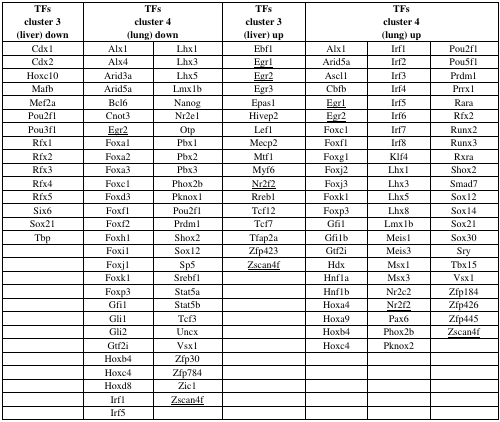
<table><thead><tr><td><b>TFs</b></td><td colspan="2"><b>TFs</b></td><td><b>TFs</b></td><td colspan="3"><b>TFs</b></td></tr><tr><td><b>cluster 3</b></td><td colspan="2"><b>cluster 4</b></td><td><b>cluster 3</b></td><td colspan="3"><b>cluster 4</b></td></tr><tr><td><b>(liver) down</b></td><td colspan="2"><b>(lung) down</b></td><td><b>(liver) up</b></td><td colspan="3"><b>(lung) up</b></td></tr></thead><tbody><tr><td>Cdx1</td><td>Alx1</td><td>Lhx1</td><td>Ebf1</td><td>Alx1</td><td>Irf1</td><td>Pou2f1</td></tr><tr><td>Cdx2</td><td>Alx4</td><td>Lhx3</td><td><underline>Egr1</underline></td><td>Arid5a</td><td>Irf2</td><td>Pou5f1</td></tr><tr><td>Hoxc10</td><td>Arid3a</td><td>Lhx5</td><td><underline>Egr2</underline></td><td>Ascl1</td><td>Irf3</td><td>Prdm1</td></tr><tr><td>Mafb</td><td>Arid5a</td><td>Lmx1b</td><td>Egr3</td><td>Cbfb</td><td>Irf4</td><td>Prrx1</td></tr><tr><td>Mef2a</td><td>Bcl6</td><td>Nanog</td><td>Epas1</td><td><underline>Egr1</underline></td><td>Irf5</td><td>Rara</td></tr><tr><td>Pou2f1</td><td>Cnot3</td><td>Nr2e1</td><td>Hivep2</td><td><underline>Egr2</underline></td><td>Irf6</td><td>Rfx2</td></tr><tr><td>Pou3f1</td><td><underline>Egr2</underline></td><td>Otp</td><td>Lef1</td><td>Foxc1</td><td>Irf7</td><td>Runx2</td></tr><tr><td>Rfx1</td><td>Foxa1</td><td>Pbx1</td><td>Mecp2</td><td>Foxf1</td><td>Irf8</td><td>Runx3</td></tr><tr><td>Rfx2</td><td>Foxa2</td><td>Pbx2</td><td>Mtf1</td><td>Foxg1</td><td>Klf4</td><td>Rxra</td></tr><tr><td>Rfx3</td><td>Foxa3</td><td>Pbx3</td><td>Myf6</td><td>Foxj2</td><td>Lhx1</td><td>Shox2</td></tr><tr><td>Rfx4</td><td>Foxc1</td><td>Phox2b</td><td><underline>Nr2f2</underline></td><td>Foxj3</td><td>Lhx3</td><td>Smad7</td></tr><tr><td>Rfx5</td><td>Foxd3</td><td>Pknox1</td><td>Rreb1</td><td>Foxk1</td><td>Lhx5</td><td>Sox12</td></tr><tr><td>Six6</td><td>Foxf1</td><td>Pou2f1</td><td>Tcf12</td><td>Foxp3</td><td>Lhx8</td><td>Sox14</td></tr><tr><td>Sox21</td><td>Foxf2</td><td>Prdm1</td><td>Tcf7</td><td>Gfi1</td><td>Lmx1b</td><td>Sox21</td></tr><tr><td>Tbp</td><td>Foxh1</td><td>Shox2</td><td>Tfap2a</td><td>Gfi1b</td><td>Meis1</td><td>Sox30</td></tr><tr><td></td><td>Foxi1</td><td>Sox12</td><td>Zfp423</td><td>Gtf2i</td><td>Meis3</td><td>Sry</td></tr><tr><td></td><td>Foxj1</td><td>Sp5</td><td><underline>Zscan4f</underline></td><td>Hdx</td><td>Msx1</td><td>Tbx15</td></tr><tr><td></td><td>Foxk1</td><td>Srebf1</td><td></td><td>Hnf1a</td><td>Msx3</td><td>Vsx1</td></tr><tr><td></td><td>Foxp3</td><td>Stat5a</td><td></td><td>Hnf1b</td><td>Nr2c2</td><td>Zfp184</td></tr><tr><td></td><td>Gfi1</td><td>Stat5b</td><td></td><td>Hoxa4</td><td><underline>Nr2f2</underline></td><td>Zfp426</td></tr><tr><td></td><td>Gli1</td><td>Tcf3</td><td></td><td>Hoxa9</td><td>Pax6</td><td>Zfp445</td></tr><tr><td></td><td>Gli2</td><td>Uncx</td><td></td><td>Hoxb4</td><td>Phox2b</td><td><underline>Zscan4f</underline></td></tr><tr><td></td><td>Gtf2i</td><td>Vsx1</td><td></td><td>Hoxc4</td><td>Pknox2</td><td></td></tr><tr><td></td><td>Hoxb4</td><td>Zfp30</td><td></td><td></td><td></td><td></td></tr><tr><td></td><td>Hoxc4</td><td>Zfp784</td><td></td><td></td><td></td><td></td></tr><tr><td></td><td>Hoxd8</td><td>Zic1</td><td></td><td></td><td></td><td></td></tr><tr><td></td><td>Irf1</td><td><underline>Zscan4f</underline></td><td></td><td></td><td></td><td></td></tr><tr><td></td><td>Irf5</td><td></td><td></td><td></td><td></td><td></td></tr></tbody></table>